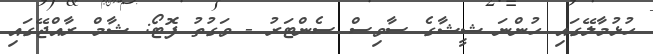
ހުޅުމާލޭގައި ހުންނަ ޝީޝާގެ ސާވިސް ސެންޓަރު - ވަގުތު ފޮޓޯ: ޝާމް ރާއްޖޭގައި